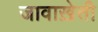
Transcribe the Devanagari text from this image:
जावाख़ेती